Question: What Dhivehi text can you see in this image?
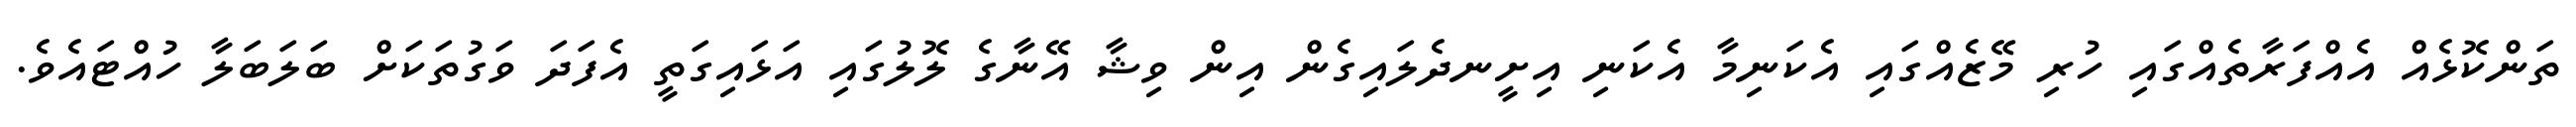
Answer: ތަންކޮޅެއް އެއްފަރާތެއްގައި ހުރި މޭޒެއްގައި އެކަނިމާ އެކަނި އިށީނދެލައިގެން އިން ވިޝާ އޭނާގެ ލޮލުގައި އަޅައިގަތީ އެފަދަ ވަގުތަކަށް ބަލަބަލާ ހުއްޓައެވެ.